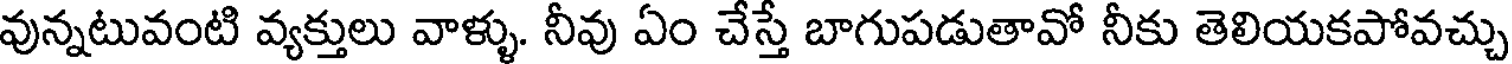
వున్నటువంటి వ్యక్తులు వాళ్ళు. నీవు ఏం చేస్తే బాగుపడుతావో నీకు తెలియకపోవచ్చు